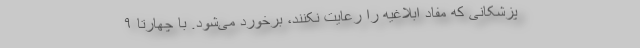
پزشکانی که مفاد ابلاغیه را رعایت نکنند، برخورد می‌شود. با چهارتا ۹